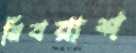
নিবরাশ